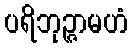
ပရိဘုဉ္ဇာမဟံ